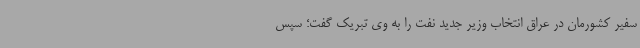
سفیر کشورمان در عراق انتخاب وزیر جدید نفت را به وی تبریک گفت؛ سپس